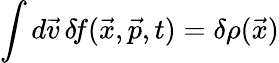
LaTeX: \int d\vec{v}\, \delta\! f(\vec{x},\vec{p},t)=\delta\rho(\vec{x})